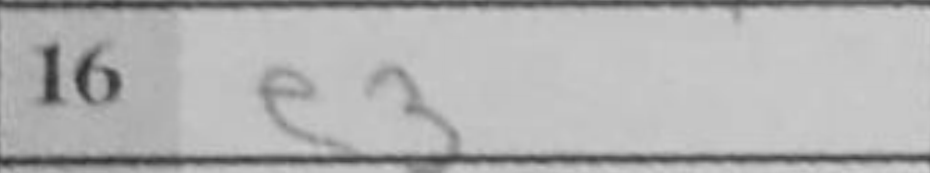
Transcription: e3